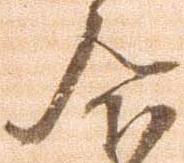
合